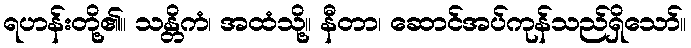
ရဟန်းတို့၏။ သန္တိကံ၊ အထံသို့။ နီတာ၊ ဆောင်အပ်ကုန်သည်ရှိသော်။